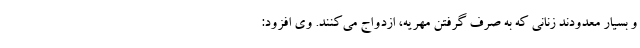
و بسیار معدودند زنانی که به صرف گرفتن مهریه، ازدواج می‌کنند. وی افزود: